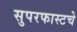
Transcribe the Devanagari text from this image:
सुपरफास्टचे